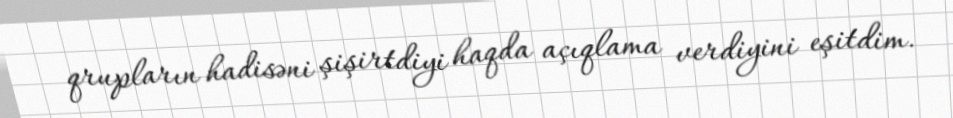
qrupların hadisəni şişirtdiyi haqda açıqlama verdiyini eşitdim.